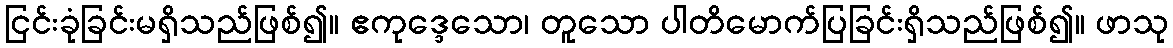
ငြင်းခုံခြင်းမရှိသည်ဖြစ်၍။ ဧကုဒ္ဒေသော၊ တူသော ပါတိမောက်ပြခြင်းရှိသည်ဖြစ်၍။ ဖာသု